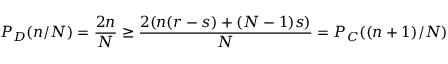
P _ { D } ( n / N ) = \frac { 2 n } { N } \geq \frac { 2 ( n ( r - s ) + ( N - 1 ) s ) } { N } = P _ { C } ( ( n + 1 ) / N )